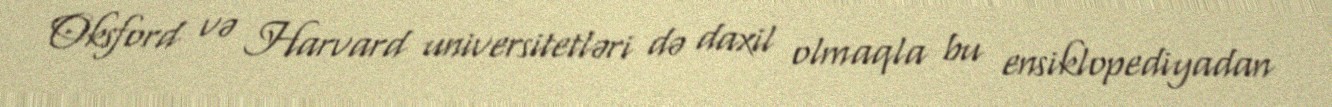
Oksford və Harvard universitetləri də daxil olmaqla bu ensiklopediyadan